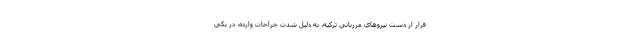
فرار از دست نيروهاي مرزباني تركيه، به دليل شدت جراحات وارده، در يكي